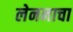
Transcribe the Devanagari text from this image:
लेननाचा